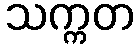
သက္ကတ